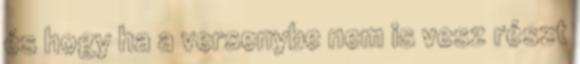
és hogy ha a versenybe nem is vesz részt